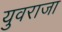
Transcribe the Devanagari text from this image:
युवराजा